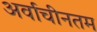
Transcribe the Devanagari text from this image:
अर्वाचीनतम